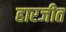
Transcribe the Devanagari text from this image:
हारजीत